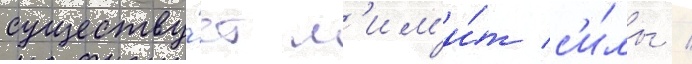
существу́ет л'им'и́т с'и́лы /